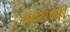
ગયાથી